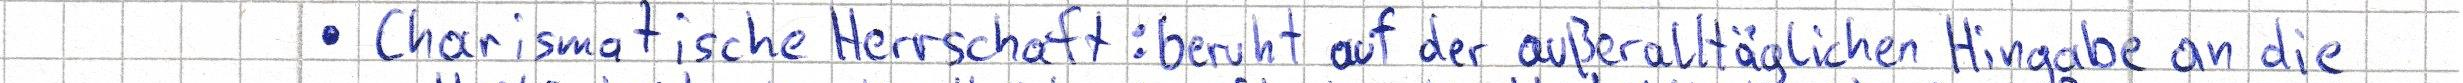
- Charismatische Herrschaft: beruht auf der außeralltäglichen Hingabe an die